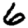
Digit: 6